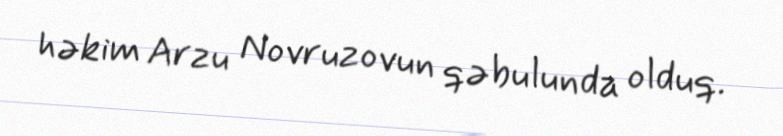
həkim Arzu Novruzovun qəbulunda olduq.